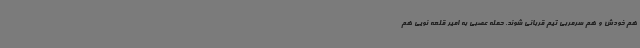
هم خودش و هم سرمربی تیم قربانی شوند. حمله عصبی به امیر قلعه نویی هم